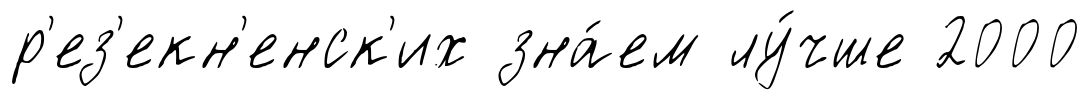
р'ез'екн'енск'их зна́ем лу́чше 2000